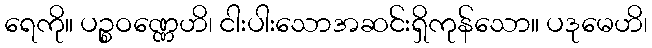
ရေကို။ ပဉ္စဝဏ္ဏေဟိ၊ ငါးပါးသောအဆင်းရှိကုန်သော။ ပဒုမေဟိ၊